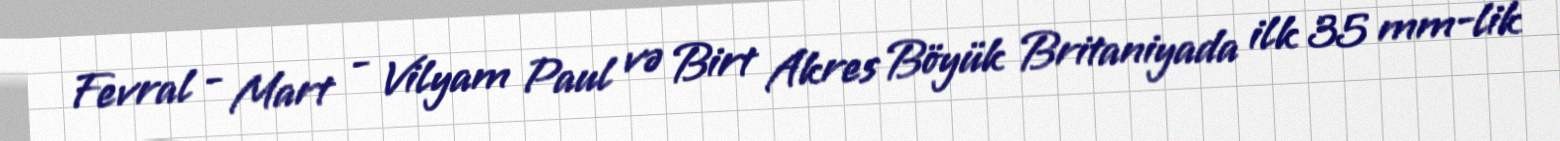
Fevral - Mart - Vilyam Paul və Birt Akres Böyük Britaniyada ilk 35 mm-lik